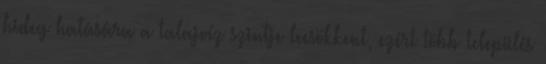
hideg hatására a talajvíz szintje lecsökkent, ezért több település